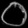
Digit: ၀